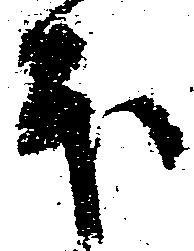
本